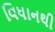
વિધાનથી